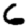
Digit: 6